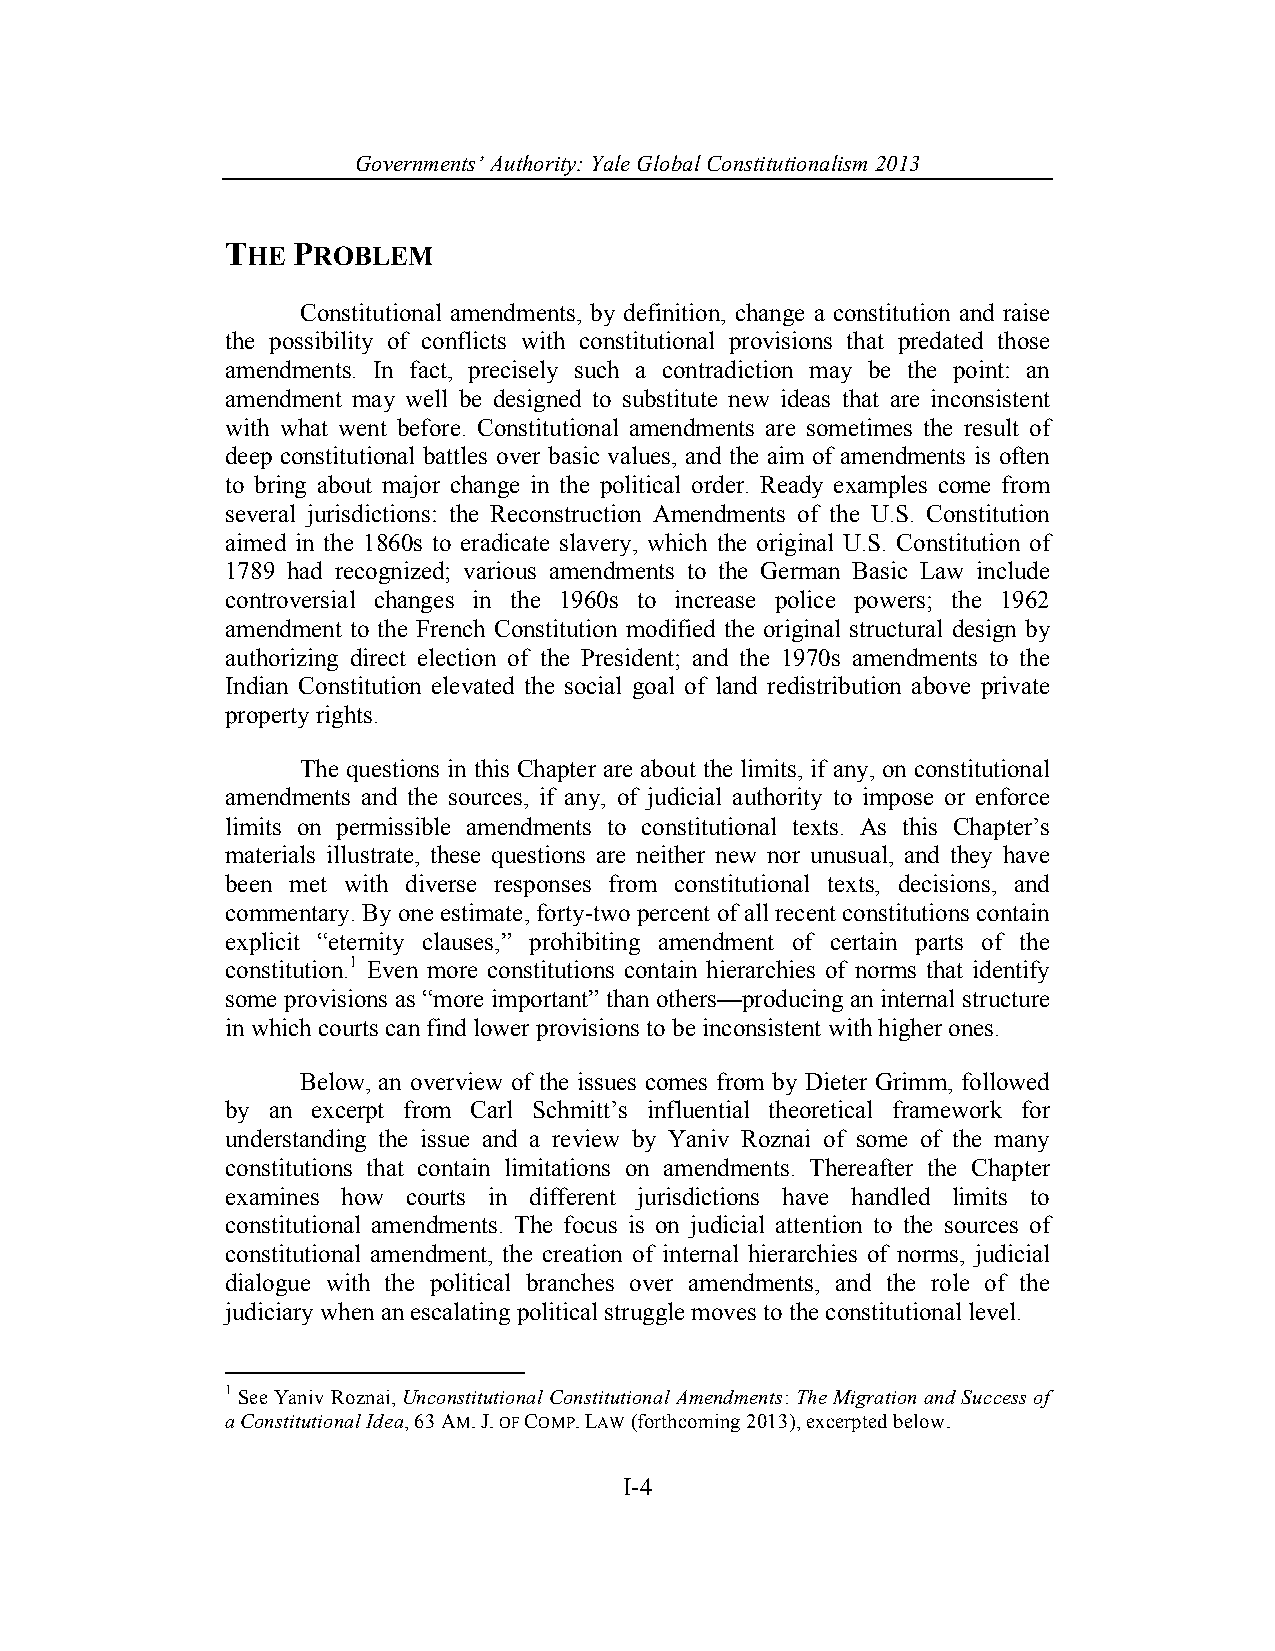
Governments’ Authority: Yale Global Constitutionalism 2013
 THE PROBLEM
 Constitutional amendments, by definition, change a constitution and raise
 the possibility of conflicts with constitutional provisions that predated those
 amendments. In fact, precisely such a contradiction may be the point: an
 amendment may well be designed to substitute new ideas that are inconsistent
 with what went before. Constitutional amendments are sometimes the result of
 deep constitutional battles over basic values, and the aim of amendments is often
 to bring about major change in the political order. Ready examples come from
 several jurisdictions: the Reconstruction Amendments of the U.S. Constitution
 aimed in the 1860s to eradicate slavery, which the original U.S. Constitution of
 1789 had recognized; various amendments to the German Basic Law include
 controversial changes in the 1960s to increase police powers; the 1962
 amendment to the French Constitution modified the original structural design by
 authorizing direct election of the President; and the 1970s amendments to the
 Indian Constitution elevated the social goal of land redistribution above private
 property rights.
 The questions in this Chapter are about the limits, if any, on constitutional
 amendments and the sources, if any, of judicial authority to impose or enforce
 limits on permissible amendments to constitutional texts. As this Chapter’s
 materials illustrate, these questions are neither new nor unusual, and they have
 been met with diverse responses from constitutional texts, decisions, and
 commentary. By one estimate, forty-two percent of all recent constitutions contain
 explicit “eternity clauses,” prohibiting amendment of certain parts of the
 constitution.1 Even more constitutions contain hierarchies of norms that identify
 some provisions as “more important” than others—producing an internal structure
 in which courts can find lower provisions to be inconsistent with higher ones.
 Below, an overview of the issues comes from by Dieter Grimm, followed
 by an excerpt from Carl Schmitt’s influential theoretical framework for
 understanding the issue and a review by Yaniv Roznai of some of the many
 constitutions that contain limitations on amendments. Thereafter the Chapter
 examines how courts in different jurisdictions have handled limits to
 constitutional amendments. The focus is on judicial attention to the sources of
 constitutional amendment, the creation of internal hierarchies of norms, judicial
 dialogue with the political branches over amendments, and the role of the
 judiciary when an escalating political struggle moves to the constitutional level.
 1 See Yaniv Roznai, Unconstitutional Constitutional Amendments: The Migration and Success of
 a Constitutional Idea, 63 AM. J. OF COMP. LAW (forthcoming 2013), excerpted below.
 I-4